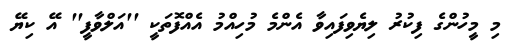
މި މީހުންގެ ފިކުރު ލިޔެވިފައިވާ އެންމެ މުހިއްމު އެއްފޮތަކީ ''އަލްވާފީ'' އޭ ކިޔޭ